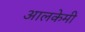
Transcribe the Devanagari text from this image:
आलकेमी